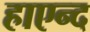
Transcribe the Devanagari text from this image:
हाएन्द